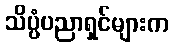
သိပ္ပံပညာရှင်များက